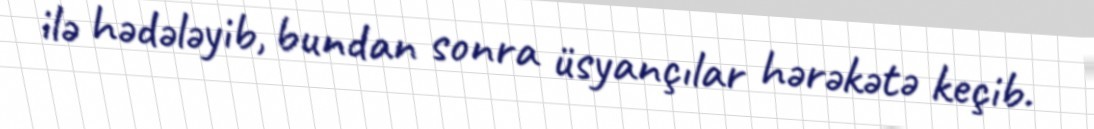
ilə hədələyib, bundan sonra üsyançılar hərəkətə keçib.